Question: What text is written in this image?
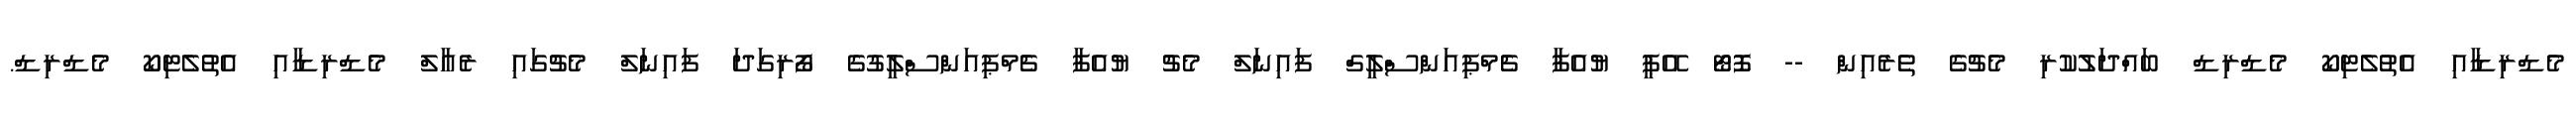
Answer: މެޑްރިޑާއި އެތުލެޓިކޯ މެޑްރިޑް ބައްދަލުކުރި މެޗުގެ ތެރެއިން -- ފޮޓޯ އޭޕީ ޔުއެފާ ޗެމްޕިއަންސްލީގް ފައިނަލް މެޗު ޔުއެފާ ޗެމްޕިއަންސްލީގުގެ ފޯރިގަދަ ފައިނަލް މެޗުގައި ރެއާލް މެޑްރިޑާއި އެތުލެޓިކޯ މެޑްރިޑް.